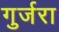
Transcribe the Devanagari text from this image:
गुर्जरा